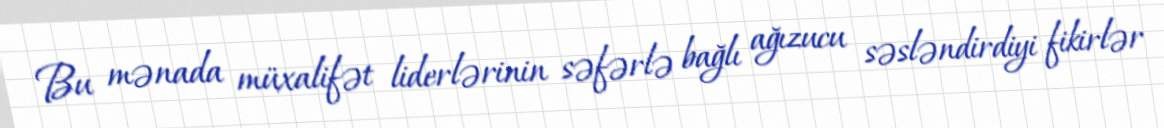
Bu mənada müxalifət liderlərinin səfərlə bağlı ağızucu səsləndirdiyi fikirlər